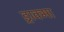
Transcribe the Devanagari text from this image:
ड्राक्मा